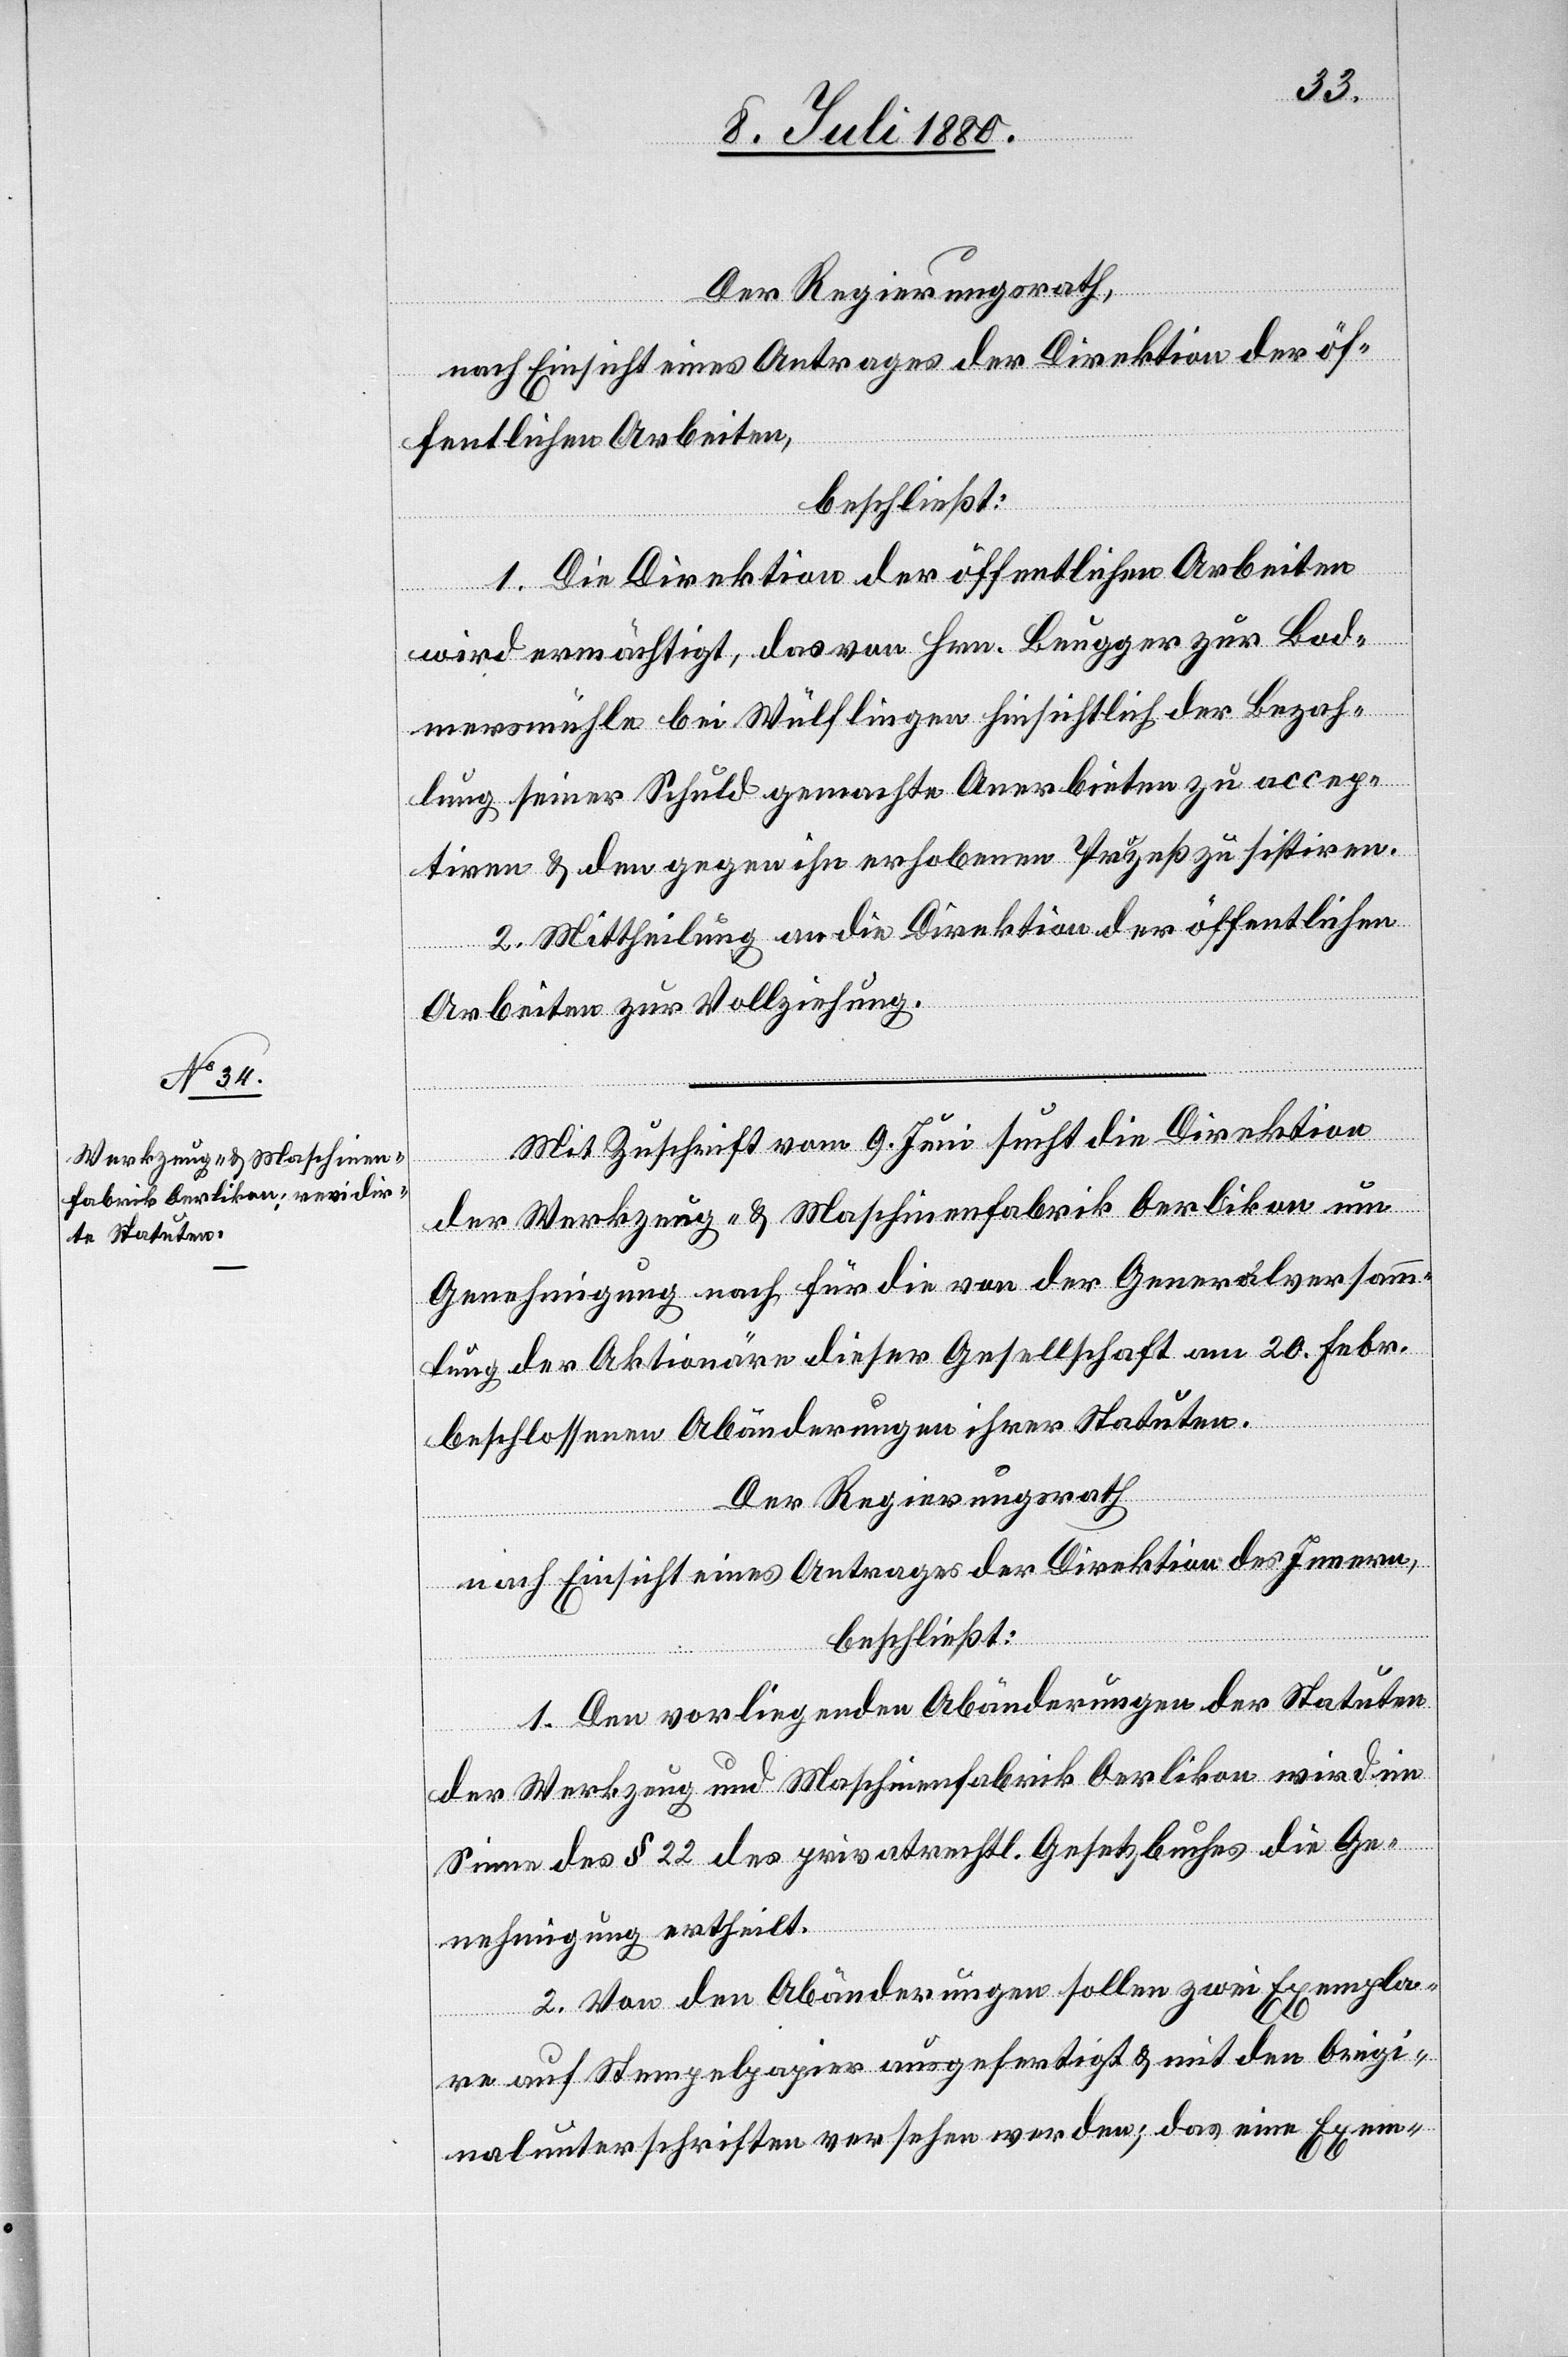
Der Regierungsrath,
nach Einsicht eines Antrages der Direktion der öf¬
fentlichen Arbeiten,
beschließt:
1. Die Direktion der öffentlichen Arbeiten
wird ermächtigt, das von Hrn. Beugger zur Bod¬
mersmühle bei Wülflingen hinsichtlich der Bezah¬
lung seiner Schuld gemachte Anerbieten zu accep¬
tiren & den gegen ihn erhobenen Prozeß zu sistiren.
2. Mittheilung an die Direktion der öffentlichen
Arbeiten zur Vollziehung.
Mit Zuschrift vom 9. Juni sucht die Direktion
der Werkzeug- & Maschinenfabrik Oerlikon um
Genehmigung nach für die von der Generalversamm¬
lung der Aktionäre dieser Gesellschaft am 20. Febr.
beschlossenen Abänderungen ihrer Statuten.
Der Regierungsrath,
nach Einsicht eines Antrages der Direktion des Innern,
beschließt:
1. Den vorliegenden Abänderungen der Statuten
der Werkzeug- und Maschinenfabrik Oerlikon wird im
Sinne des § 22 des privatrechtl. Gesetzbuches die Ge¬
nehmigung ertheilt.
2. Von den Abänderungen sollen zwei Exempla¬
re auf Stempelpapier ausgefertigt & mit den Origi¬
nalunterschriften versehen werden, das eine Exem-